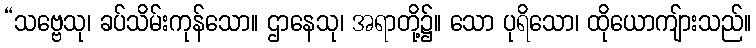
“သဗ္ဗေသု၊ ခပ်သိမ်းကုန်သော။ ဌာနေသု၊ အရာတို့၌။ သော ပုရိသော၊ ထိုယောကျ်ားသည်။